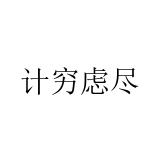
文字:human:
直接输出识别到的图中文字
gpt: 计穷虑尽